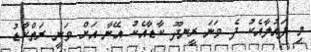
މި ފައުލާއެކު ދެ ވަނަ ރީނދޫ ކާޑާއެކު އޭނާ އަށް ވަނީ ރަތްކާޑު